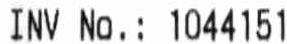
INV NO.: 1044151